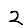
Digit: 2